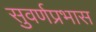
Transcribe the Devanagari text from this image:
सुवर्णप्रभास